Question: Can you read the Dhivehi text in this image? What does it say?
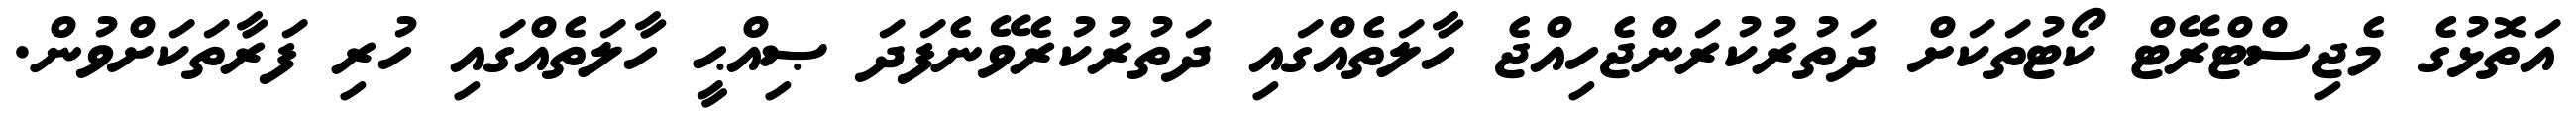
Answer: އަތޮޅުގެ މެޖިސްޓްރޭޓް ކޯޓުތަކަށް ދަތުރުކުރަންޖެހިއްޖެ ހާލަތެއްގައި ދަތުރުކުރެވޭނެފަދަ ޞިއްޙީ ހާލަތެއްގައި ހުރި ފަރާތަކަށްވުން.